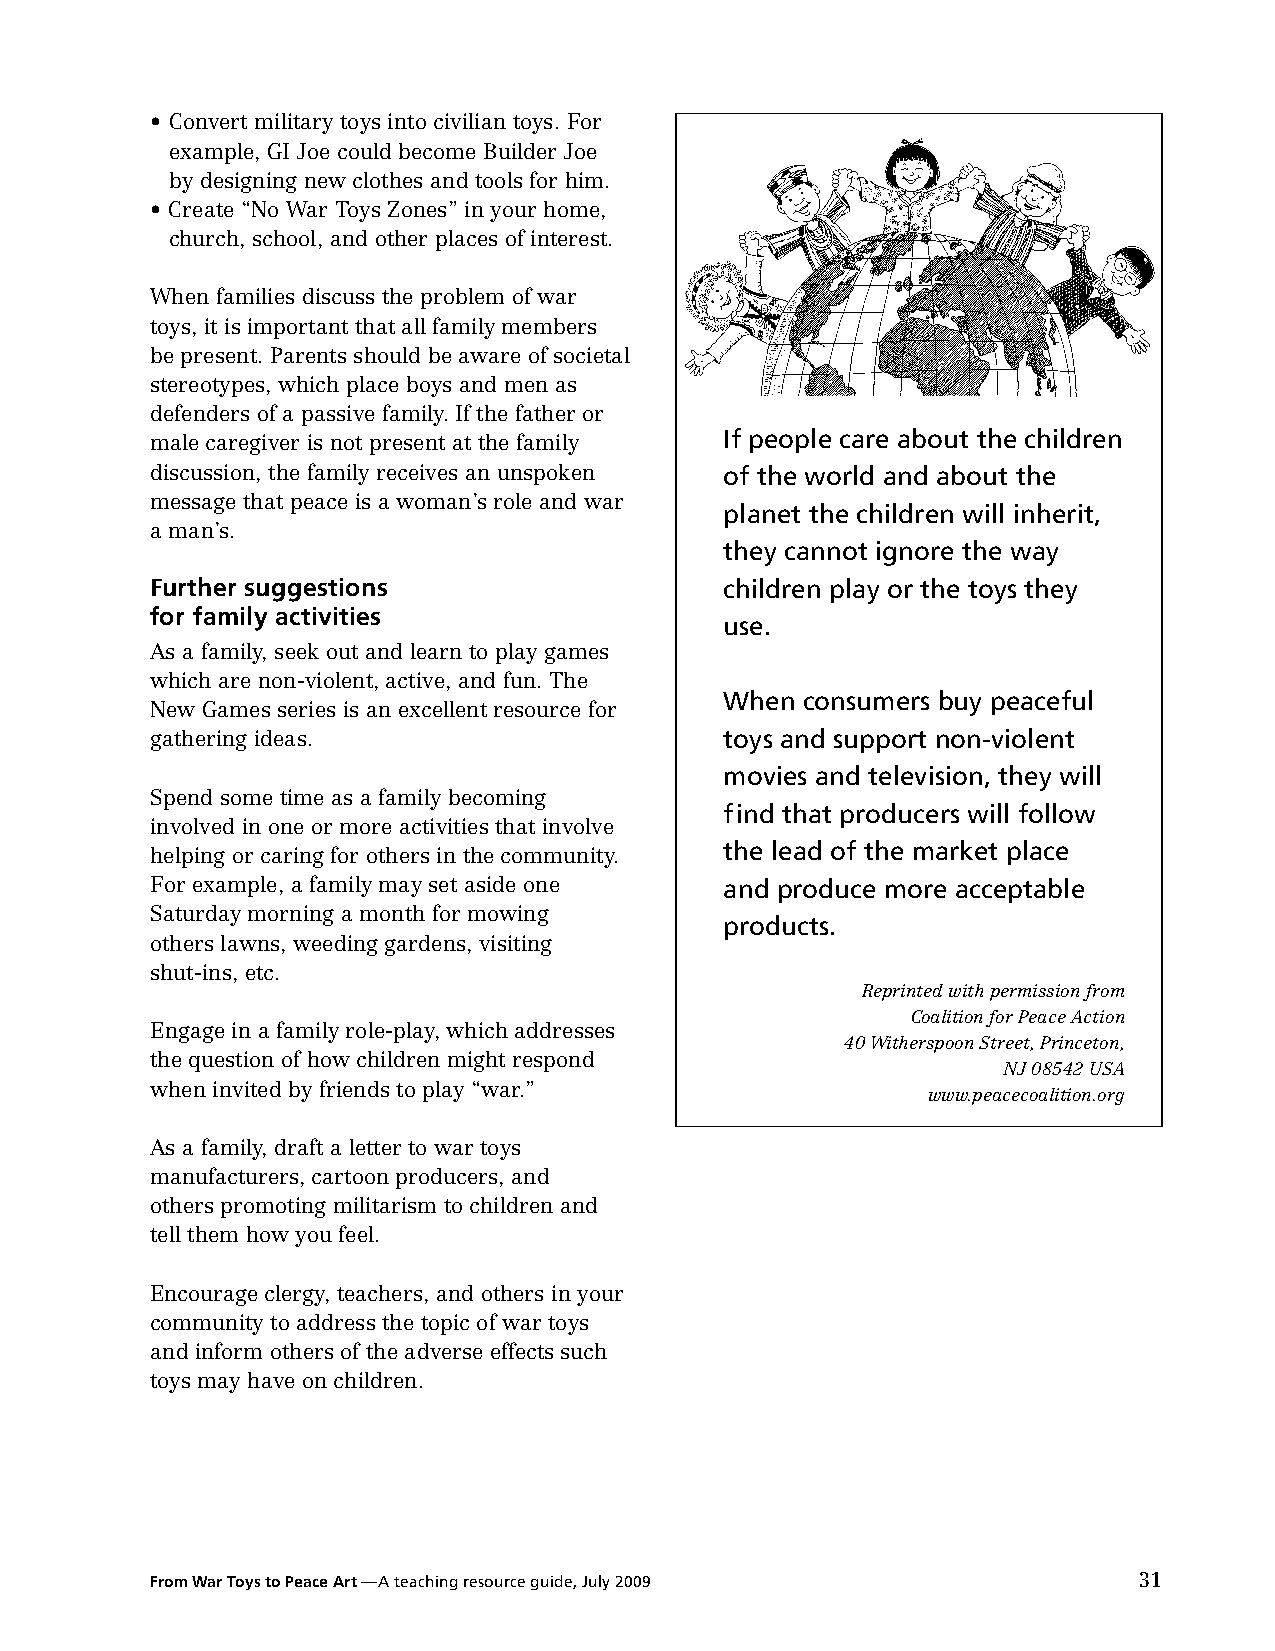
• Convert military toys into civilian toys. For
 example, GI Joe could become Builder Joe
 by designing new clothes and tools for him.
 • Create “No War Toys Zones” in your home,
 church, school, and other places of interest.
 When families discuss the problem of war
 toys, it is important that all family members
 be present. Parents should be aware of societal
 stereotypes, which place boys and men as
 defenders of a passive family. If the father or
 male caregiver is not present at the family If people care about the children
 discussion, the family receives an unspoken of the world and about the
 message that peace is a woman’s role and war
 planet the children will inherit,
 a man’s.
 they cannot ignore the way
 Further suggestions                   children play or the toys they
 for family activities
 use.
 As a family, seek out and learn to play games
 which are non-violent, active, and fun. The
 When consumers buy peaceful
 New Games series is an excellent resource for
 gathering ideas.                      toys and support non-violent
 movies and television, they will
 Spend some time as a family becoming
 find that producers will follow
 involved in one or more activities that involve
 helping or caring for others in the community. the lead of the market place
 For example, a family may set aside one and produce more acceptable
 Saturday morning a month for mowing
 products.
 others lawns, weeding gardens, visiting
 shut-ins, etc.
 Reprinted with permission from
 Coalition for Peace Action
 Engage in a family role-play, which addresses
 40 Witherspoon Street, Princeton,
 the question of how children might respond
 NJ 08542 USA
 when invited by friends to play “war.”
 www.peacecoalition.org
 As a family, draft a letter to war toys
 manufacturers, cartoon producers, and
 others promoting militarism to children and
 tell them how you feel.
 Encourage clergy, teachers, and others in your
 community to address the topic of war toys
 and inform others of the adverse effects such
 toys may have on children.
 From War Toys to Peace Art —A teaching resource guide, July 2009 31